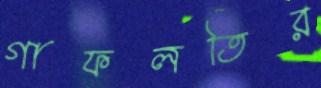
গাফলতির